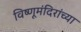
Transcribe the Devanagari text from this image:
विष्णूमंदिरांच्या